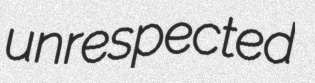
unrespected